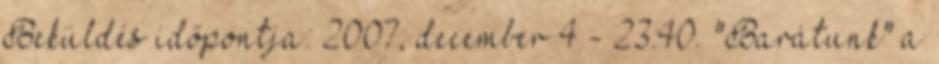
Beküldés időpontja: 2007, december 4 - 23:40. "Barátunk" a